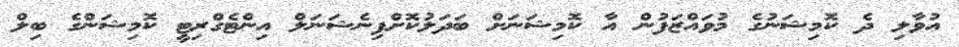
އުވާލި ދެ ކޮމިޝަނުގެ މުވައްޒަފުން އާ ކޮމިޝަނަށް ބަދަލުކޮށްފިނެޝަނަލް އިންޓެގްރިޓީ ކޮމިޝަންގެ ބިލް